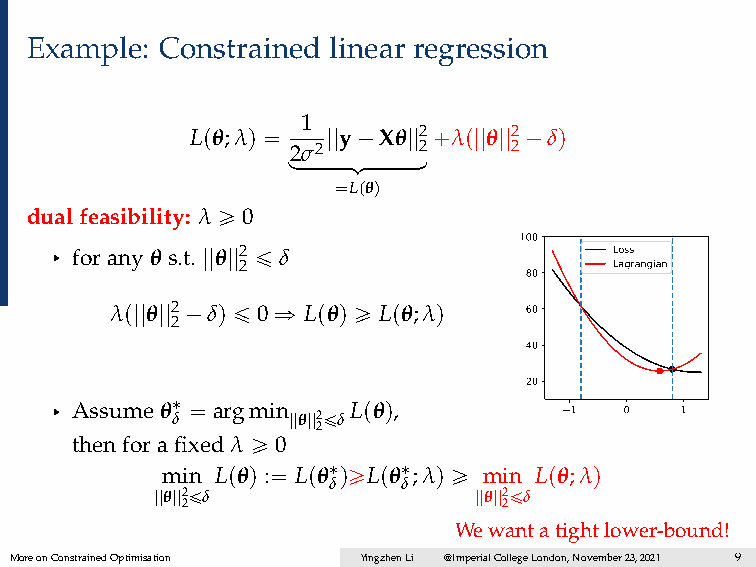
Example: Constrained linear regression
 1
 Lpθ;λq “ ||y´Xθ||2`λp||θ||2´δq
 l2oσoo2oooomooooooon2 2
 “Lpθq
 dualfeasibility: λ ě 0
 100
 § foranyθs.t.||θ||2 ď δ               Loss
 2                        Lagrangian
 80
 λp||θ||2´δq ď 0 ñ Lpθq ě Lpθ;λq 60
 2
 40
 20
 § Assumeθ˚ δ “ argmin ||θ||2ďδLpθq, 1 0   1
 2
 thenforafixedλ ě 0
 min Lpθq :“ Lpθ˚qěLpθ˚;λq ě min Lpθ;λq
 δ    δ
 ||θ||2ďδ             ||θ||2ďδ
 2                    2
 Wewantatightlower-bound!
 MoreonConstrainedOptimisation YingzhenLi @ImperialCollegeLondon,November23,2021 9